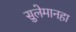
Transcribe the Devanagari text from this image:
सुलेमानहा